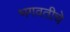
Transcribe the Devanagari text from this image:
भगवतीचे